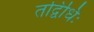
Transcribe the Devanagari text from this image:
तद्विधिः